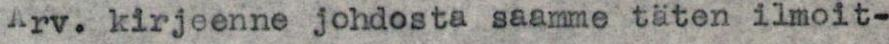
Arv. kirjeenne johdosta saamme täten ilmoit-